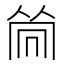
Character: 𠕞